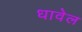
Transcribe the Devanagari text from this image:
धावेल